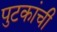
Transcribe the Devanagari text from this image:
पुटकांची